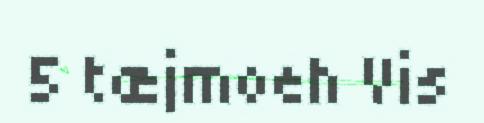
5 tæjmoeh Vis